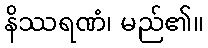
နိဿရဏံ၊ မည်၏။